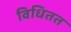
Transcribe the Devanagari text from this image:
विधितत